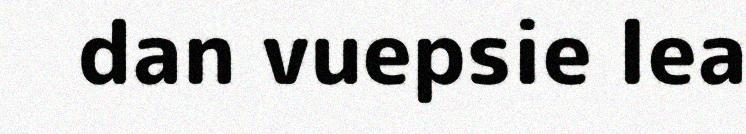
dan vuepsie lea